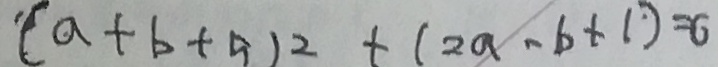
( a + b + 5 ) ^ { 2 } + ( 2 a - b + 1 ) = 0